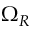
\Omega _ { R }